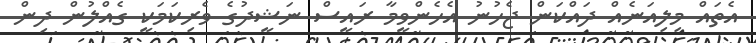
އެތައް މިލިއަނެއް ދައްކަން ޖެހުނު އެހެންވީމާ ރައީސް ނަޝީދުގެ ވެރިކަމަކީ ގެއްލުން ދިން